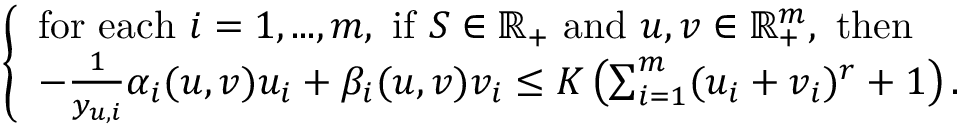
\left\{ \begin{array} { l } { \mathrm { f o r ~ e a c h ~ } i = 1 , . . . , m , \mathrm { ~ i f ~ } S \in \mathbb { R } _ { + } \mathrm { ~ a n d ~ } u , v \in \mathbb { R } _ { + } ^ { m } , \mathrm { ~ t h e n ~ } } \\ { - \frac { 1 } { y _ { u , i } } \alpha _ { i } ( u , v ) u _ { i } + \beta _ { i } ( u , v ) v _ { i } \le K \left( \sum _ { i = 1 } ^ { m } ( u _ { i } + v _ { i } ) ^ { r } + 1 \right) . } \end{array} \right.